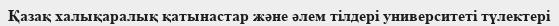
Қазақ халықаралық қатынастар және әлем тілдері университеті түлектері